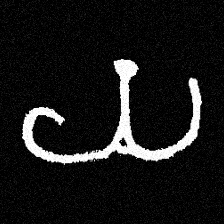
Pyu character \u2014 Myanmar letter: ယ (romanized: ya)